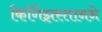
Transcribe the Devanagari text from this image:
किर्गिझस्तानने